Vital statistics of India. Vol. V, Reports of 1876 on armies & jails and on epidemic cholera
Year: 1876
Disease focus: Cholera
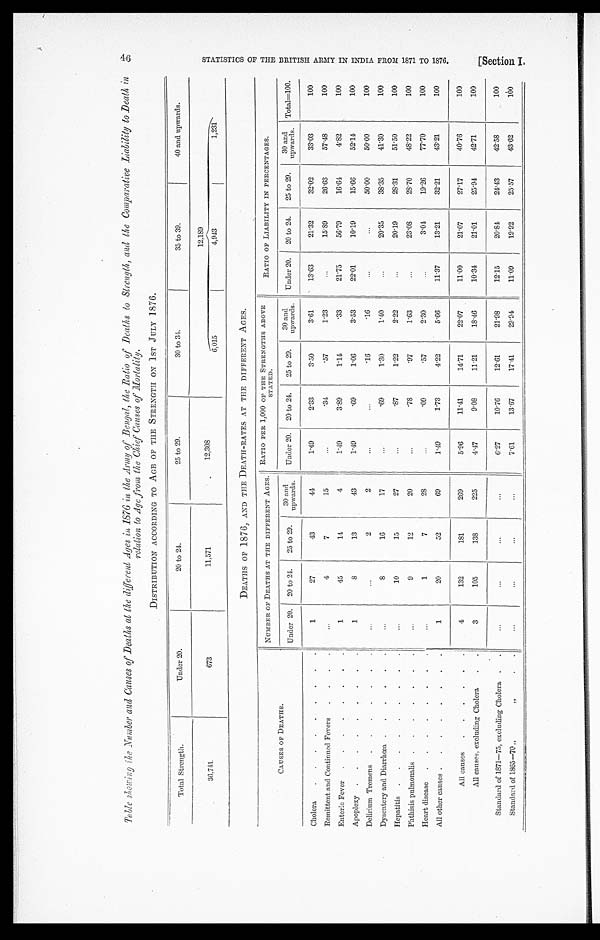
Table showing the Number and Causes of Deaths at the different Ages in 1876 in the Army of Bengal, the Ratio of Deaths to Strength, and the Comparative Liability to Death in
relation to Age from the Chief Causes of Mortality.
DISTRIBUTION ACCORDING TO AGE OE THE STRENGTH ON 1ST JULY 1876.
Total Strength.
Under 20.
20 to 24.
25 to 29.
30 to 34.
35 to 39.
40 and upwards.
36,741.
673
11,571
12,308
12,189
6,015
4,943
1
, 2 3 1
DEATHS OF 1876, AND THE DEATH-RATES AT THE DIFFERENT AGES.
CAUSES OF DEATHS.
NUMBER OF DEATHS AT THE DIFFERENT AGES.
RATIO PER 1,000 OF THE STRENGTHS ABOVE STATED.
RATIO OF LIABILITY IN PERCENTAGES.
Under 20.
20 to 24.
25 to 29.
30 and
upwards.
Under 20.
20 to 24.
25 to 29.
30 and
upwards.
Under 20.
20 to 24.
25 to 29.
30 and
upwards.
Total=100.
Cholera
.
.
.
1
27
43
44
1.49
2.33
3.50
3.61
13.63
21.32
32.02
33.03
100
Remittent and Continued Fevers . . .
. . .
4
7
15
. . .
.34
.57
1.23
. . .
15.89
26.63
57.48
100
Enteric Fever . . .
1
45
14
4
1.49
3.89
1.14
.33
21.75
56.79
16.64
4.82
100
Apoplexy . . .
1
8
13
43
1.49
.69
1.06
3.53
22.01
10.19
15.66
52.14
100
Delirium Tremens . . .
. . .
. . .
2
2
. . .
. . .
.16
.16
. . .
. . .
50.00
50.00
100
Dysentery and Diarrhœa . . .
. . .
8
16
17
. . .
.69
1.30
1.40
. . .
20.35
38.35
41.30
100
Hepatitis . . .
. . .
10
15
27
. . .
.87
1.22
2.22
. . .
20.19
28.31
51.50
100
Phthisis pulmonalis . . .
. . .
9
12
20
. . .
.78
.97
1.63
. . .
23.08
28.70
48.22
100
Heart disease . . .
. . .
1
7
28
. . .
.09
.57
2.30
. . .
3.04
19.26
77.70
100
All other causes . . .
1
20
52
69
1.49
1.73
4.22
5.66
11.37
13.21
32.21
43.21
100
All causes . . .
4
132
181
269
5.96
11.41
14.71
22.07
11.00
21.07
27.17
40.76
100
All causes, excluding Cholera . . .
3
105
138
225
4.47
9.08
11.21
18.46
10.34
21.01
25.94
42.71
100
Standard of 1871—75, excluding Cholera . . .
. . .
. . .
. . .
. . .
6.27
10.76
12.61
21.98
12.15
20.84
24.43
42.58
100
S t a n d a r d o f 1 8 6 5 — 7 0 " . . .
. . .
. . .
. . .
. . .
7.61
13.67
17.41
29.94
11.09
19.92
25.57
43.62
1 0 0
S T A T I S T I C S O F T H E B R I T I S H A R M Y I N I N D I A F R O M 1 8 7 1 T O 1 8 7 6 . [ S e c t i o n I .